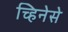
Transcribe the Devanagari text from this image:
च्हिनेसे